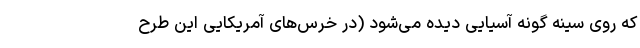
که روی سینه گونه آسیایی دیده می‌شود (در خرس‌های آمریکایی این طرح